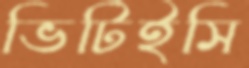
ভিটিইসি